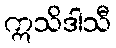
ဣသိဒါသီ